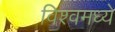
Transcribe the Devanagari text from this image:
विश्वमध्ये